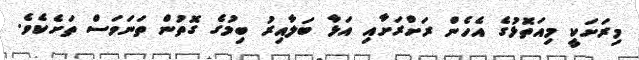
މިރަށަކީ މިއަތޮޅުގެ އެހެން ރަށްރަށާއި އަޅާ ބަލާއިރު ބިމުގެ ގޮތުން ތަނަވަސް ތަށެކެވެ.